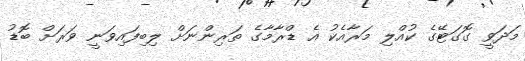
މަދަވީ ގޮގަޓޭގެ ކުއްލި މަރާއެކު އެ ޑްރާމާގެ ތަރިންނަށް ލިބިފައިވަނީ ވަރަށް ބޮޑު